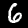
Label: 6